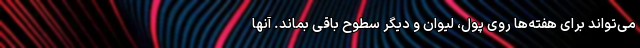
می‌تواند برای هفته‌ها روی پول، لیوان و دیگر سطوح باقی بماند. آنها